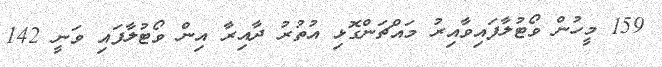
159 މީހުން ވޯޓުލާފައިވާއިރު މައްޗަންގޮޅި އުތުރު ދާއިރާ އިން ވޯޓުލާފައި ވަނީ 142